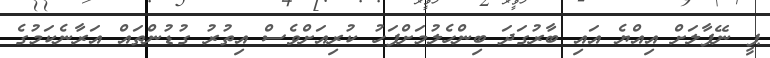
ޕީ ނޭޕާލަށް އިއްޔެ އައި ބާރުގަދަ ބިންހެލުމަށްފަހު ކުރިއަށްވެސް އިތުރު ގުޑުންތައް އަރާނެކަމުގެ